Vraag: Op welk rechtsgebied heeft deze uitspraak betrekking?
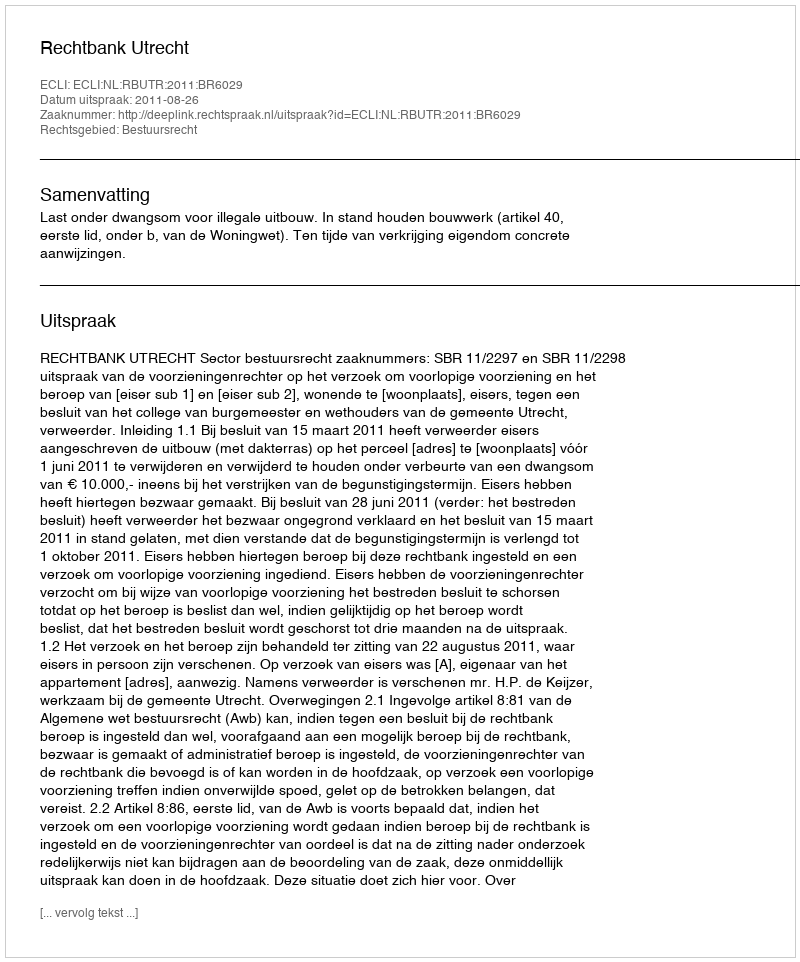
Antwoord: Bestuursrecht